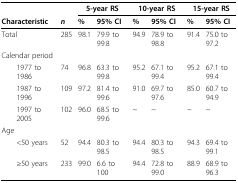
<table><thead><tr><td></td><td></td><td colspan="2"><b>5-year RS</b></td><td colspan="2"><b>10-year RS</b></td><td colspan="2"><b>15-year RS</b></td></tr><tr><td><b>Characteristic</b></td><td><b><i>n</i></b></td><td><b>%</b></td><td><b>95% CI</b></td><td><b>%</b></td><td><b>95% CI</b></td><td><b>%</b></td><td><b>95% CI</b></td></tr></thead><tbody><tr><td>Total</td><td>285</td><td>98.1</td><td>79.9 to 99.8</td><td>94.9</td><td>78.9 to 98.8</td><td>91.4</td><td>75.0 to 97.2</td></tr><tr><td>Calendar period</td><td></td><td></td><td></td><td></td><td></td><td></td><td></td></tr><tr><td> 1977 to 1986</td><td>74</td><td>96.8</td><td>63.3 to 99.8</td><td>95.2</td><td>67.1 to 99.4</td><td>95.2</td><td>67.1 to 99.4</td></tr><tr><td> 1987 to 1996</td><td>109</td><td>97.2</td><td>81.4 to 99.6</td><td>91.0</td><td>69.7 to 97.6</td><td>85.0</td><td>60.7 to 94.9</td></tr><tr><td> 1997 to 2005</td><td>102</td><td>96.0</td><td>68.5 to 99.6</td><td>~</td><td>~</td><td>~</td><td>~</td></tr><tr><td>Age</td><td></td><td></td><td></td><td></td><td></td><td></td><td></td></tr><tr><td> &lt;50 years</td><td>52</td><td>94.4</td><td>80.3 to 98.5</td><td>94.4</td><td>80.3 to 98.5</td><td>94.3</td><td>69.4 to 99.1</td></tr><tr><td> ≥50 years</td><td>233</td><td>99.0</td><td>6.6 to 100</td><td>94.4</td><td>72.8 to 99.0</td><td>88.9</td><td>68.9 to 96.3</td></tr></tbody></table>